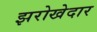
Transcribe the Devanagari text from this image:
झरोखेदार